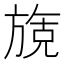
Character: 𬀌